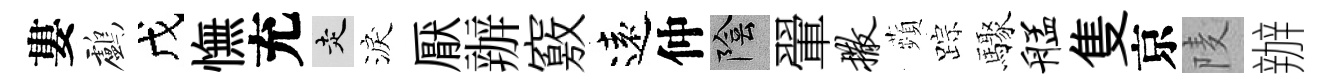
婁鸕戊憮充走淚厭辦竅遠仲陰翬撒蘋踪驟艋隻京𨹧辦